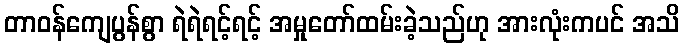
တာဝန်ကျေပွန်စွာ ရဲရဲရင့်ရင့် အမှုတော်ထမ်းခဲ့သည်ဟု အားလုံးကပင် အသိ